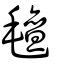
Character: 氊